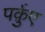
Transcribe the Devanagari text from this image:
पर्क़ुए